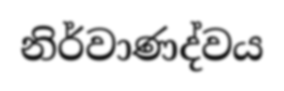
නිර්වාණද්වය